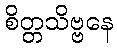
စိတ္တသိဗ္ဗနေ